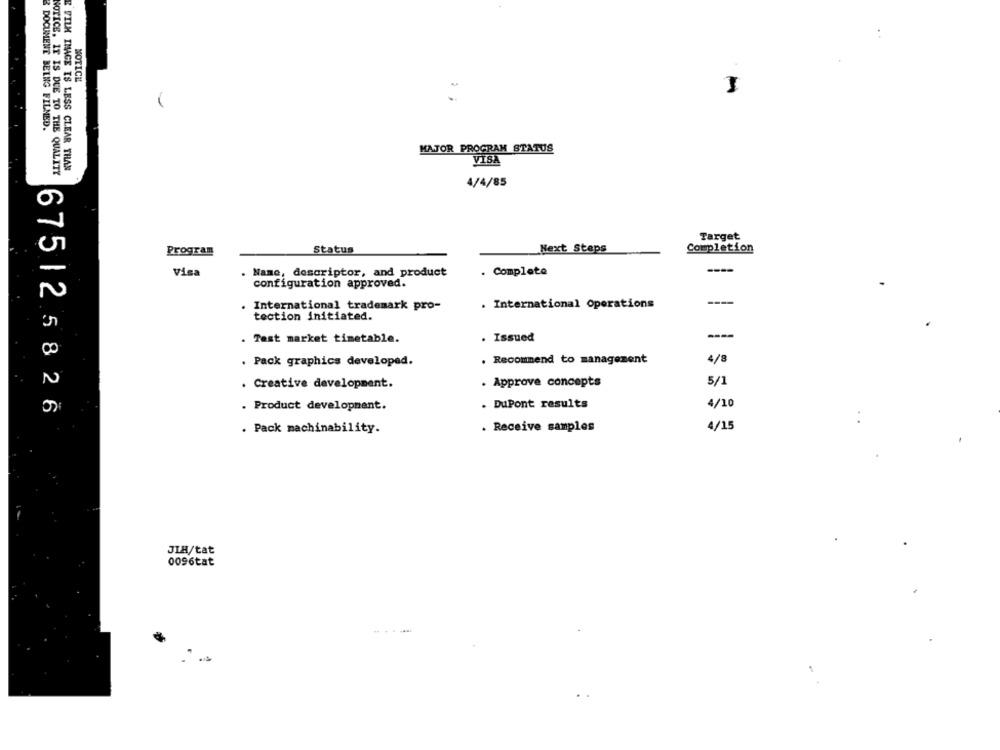
NOTICE
-
& DOCUMENT BEING FILMED.
MAJOR PROGRAM STATUS
E FILM IMAGE IS LESS CLEAR THAN
VISA
NOTICE. IT IS DUE TO THE QUALITY
4/4/85
Target
Next Steps
Completion
Program
Status
. Complete
Visa
Name, descriptor, and product
configuration approved.
----
International trademark pro-
. International Operations
tection initiated.
. Test market timetable.
. Issued
----
. Recommend to management
4/8
. Pack graphics developed.
. Approve concepts
5/1
. Creative development.
. Product development.
. DuPont results
4/10
675125826
. Receive samples
4/15
Pack machinability.
JIH/tat
0096tat